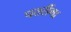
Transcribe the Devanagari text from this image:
पतरींगा